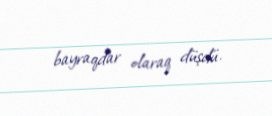
bayraqdar olaraq düşdü.